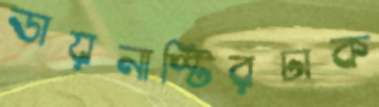
ডায়নাস্টিরঢাক